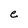
Character: e